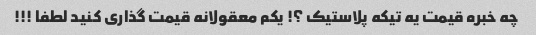
چه خبره قیمت یه تیکه پلاستیک ؟! یکم معقولانه قیمت گذاری کنید لطفا !!!